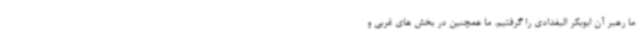
ما رهبر آن ابوبکر البغدادی را گرفتیم. ما همچنین در بخش های غربی و